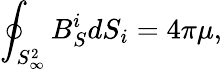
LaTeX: \oint_{S_{\infty}^{2}}B_{S}^{i}dS_{i}=4\pi\mu,